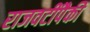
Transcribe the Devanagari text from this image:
राजवटींपैकी